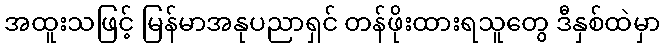
အထူးသဖြင့် မြန်မာအနုပညာရှင် တန်ဖိုးထားရသူတွေ ဒီနှစ်ထဲမှာ